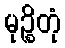
မုဉ္စိတုံ